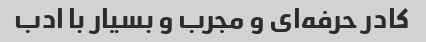
کادر حرفه‌ای و مجرب و بسیار با ادب